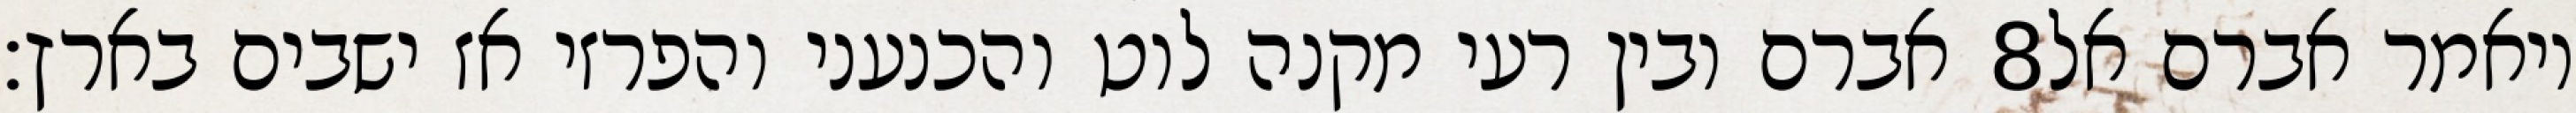
אברם ובין רעי מקנה לוט והכנעני והפרזי אז ישבים בארץ׃ ‎8‏ ויאמר אברם אל